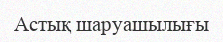
Астық шаруашылығы